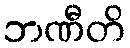
ဘဏီတိ